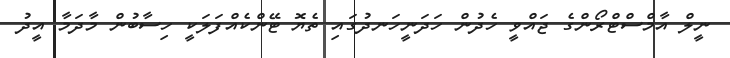
ނީލް އާމްސްޓްރޯންގެ ޖައްވީ ހެދުން ހަދަނީހަނދުގައި ތެޔޮ ޓޭންކެއްފަލަކީ ހިސާބުން މާދަމާ އީދު